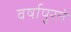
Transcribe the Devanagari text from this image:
वर्षापुरते